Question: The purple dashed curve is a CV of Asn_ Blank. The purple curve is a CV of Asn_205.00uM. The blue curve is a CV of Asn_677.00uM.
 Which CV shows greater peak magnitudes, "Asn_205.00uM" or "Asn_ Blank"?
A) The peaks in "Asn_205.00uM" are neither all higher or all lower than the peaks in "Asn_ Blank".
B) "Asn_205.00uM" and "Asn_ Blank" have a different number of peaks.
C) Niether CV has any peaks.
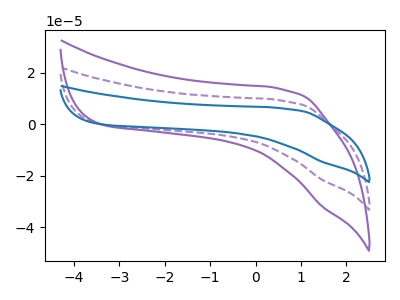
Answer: <think>The purple dashed curve "Asn_ Blank" has no peaks. The purple curve "Asn_205.00uM" has no peaks. The blue curve "Asn_677.00uM" has no peaks.</think>
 <answer>C) Niether CV has any peaks.</answer>
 <eval>C</eval>